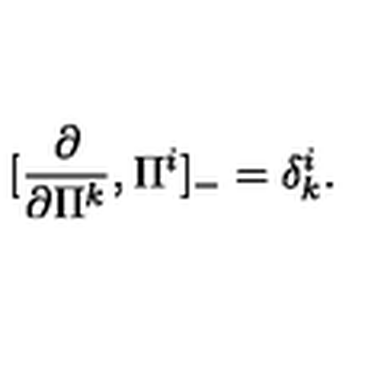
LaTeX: [ \frac { \partial } { \partial \Pi ^ { k } } , \Pi ^ { i } ] _ { - } = \delta _ { k } ^ { i } .